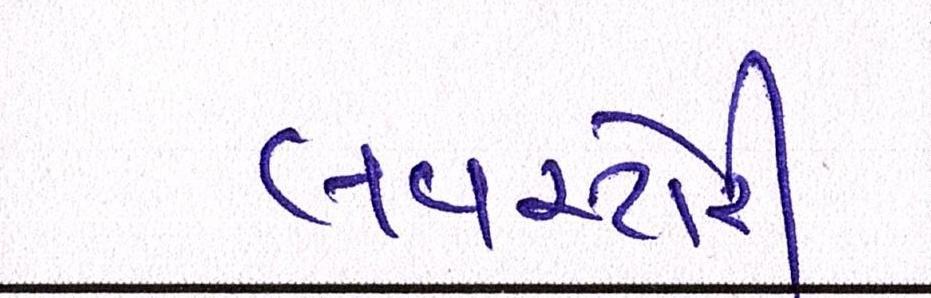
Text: લવસ્ટોરી